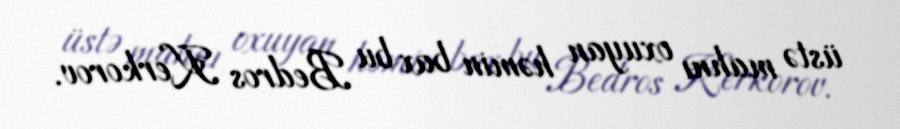
üstə mahnı oxuyan həmin bax bu Bedros Kerkorov.